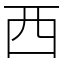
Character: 西